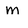
Character: M